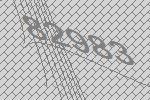
82983